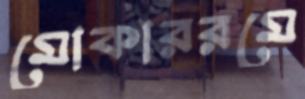
মোকাররমে